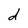
Character: d